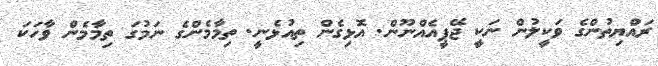
ރައްޔިތުންގެ ވަކީލުން ނަކީ ޖޭޕީއެއްނޫން. އޮޅިގެން ތިއުޅެނީ. ތިމާމެންގެ ނަމުގަ ތިމާމެން ވާހަކަ